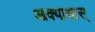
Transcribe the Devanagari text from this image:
आक्याथास्